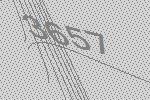
3657